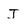
Character: J